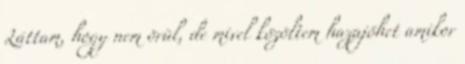
Láttam, hogy nem örül, de mivel közöltem hazajöhet amikor